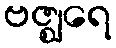
ဗဇ္ဈရေ